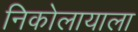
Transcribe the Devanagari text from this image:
निकोलायाला